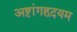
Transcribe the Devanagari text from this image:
अष्टांगहृदयम